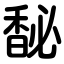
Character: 馝